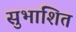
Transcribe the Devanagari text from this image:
सुभाशित